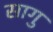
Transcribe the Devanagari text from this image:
सागु